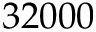
3 2 0 0 0